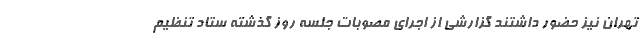
تهران نیز حضور داشتند گزارشی از اجرای مصوبات جلسه روز گذشته ستاد تنظیم